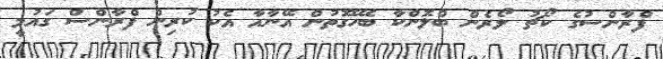
ފްރާންސުގެ ކޯޗު ލޯރެން ބްލޮންކާ ބެހޭގޮތުން އޭނާއާ އެކު ކުރިން ފްރާންސް ގައުމީ